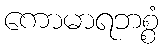
ကောမာရဘစ္စံ